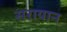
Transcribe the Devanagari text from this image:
सरायान